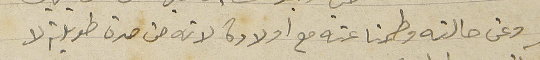
وعن حالته وطمنا عنه مع اولاده لانه من مدة طويلة لا